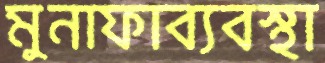
মুনাফাব্যবস্থা